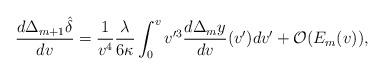
LaTeX: \begin{align*} \frac{d\Delta_{m+1}\hat{\delta}}{dv}=\frac{1}{v^4}\frac{\lambda}{6\kappa}\int_0^vv'^3\frac{d\Delta_{m}y}{dv}(v')dv'+\mathcal{O}(E_m(v)),\end{align*}